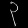
Digit: ၃